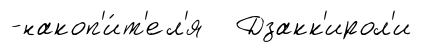
-накоп'и́т'ел'я Дзакк'ирол'и